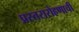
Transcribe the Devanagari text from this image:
प्रस्तरारोहणाची